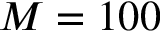
M = 1 0 0